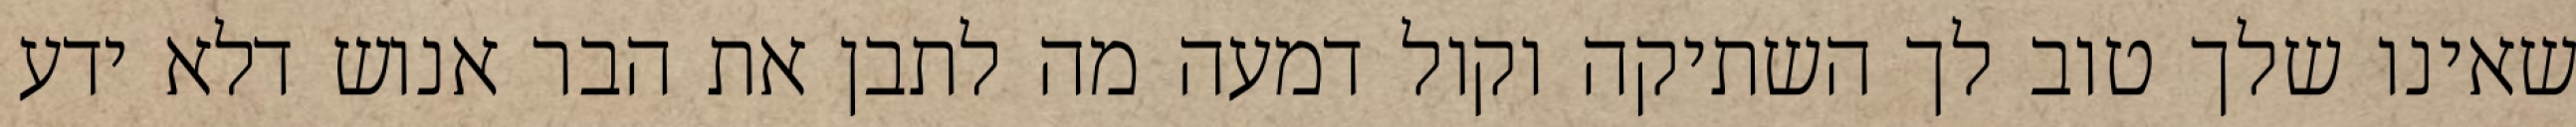
שאינו שלך טוב לך השתיקה וקול דמעה מה לתבן את הבר אנוש דלא ידע